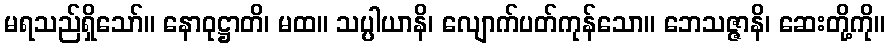
မရသည်ရှိသော်။ နောဝုဋ္ဌာတိ၊ မထ။ သပ္ပါယာနိ၊ လျောက်ပတ်ကုန်သော။ ဘေသဇ္ဇာနိ၊ ဆေးတို့ကို။